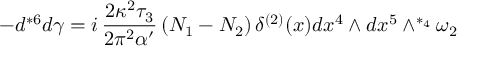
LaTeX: - d { } ^ { * 6 } d \gamma = i \, \frac { 2 \kappa ^ { 2 } \tau _ { 3 } } { 2 \pi ^ { 2 } \alpha ^ { \prime } } \, ( N _ { 1 } - N _ { 2 } ) \, \delta ^ { ( 2 ) } ( x ) d x ^ { 4 } \wedge d x ^ { 5 } \wedge ^ { * _ { 4 } } \omega _ { 2 }